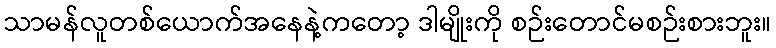
သာမန်လူတစ်ယောက်အနေနဲ့ကတော့ ဒါမျိုးကို စဉ်းတောင်မစဉ်းစားဘူး။